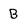
Character: B